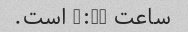
ساعت 9:30 است.